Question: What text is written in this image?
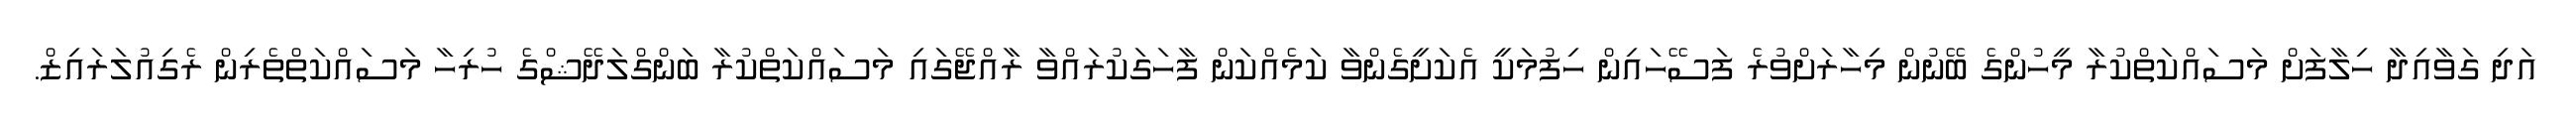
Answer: އަދި ގަވާއިދާ ހިލާފަށް މަސައްކަތްކުރާ މީހުންގެ ބޭނުން މިހާރަށްވުރެ ފަސޭހައިން ހިފުމަކީ އެކަށީގެންވާ ކަމެއްކަން ފާހަގަކުރައްވާ ރާއްޖޭގައި މަސައްކަތްކުރާ ބަންގްލަދޭޝްގެ ހުރިހާ މަސައްކަތްތެރިން ރެގިއުލަރައިޒް.